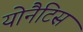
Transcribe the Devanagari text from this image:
योनैटिस